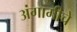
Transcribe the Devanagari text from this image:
अंगामीचे